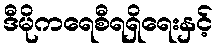
ဒီမိုကရေစီရရှိရေးနှင့်